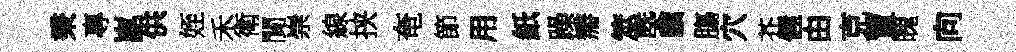
秉專崑供姪禾衛閴崇線挟奄節用紙躁瓣筮㮣驥膓穴芥偓由克賈魄向